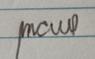
Signature authenticity: genuine